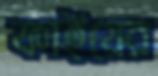
ফাইয়ের